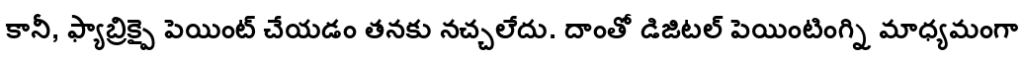
కానీ, ఫ్యాబ్రిక్పై పెయింట్ చేయడం తనకు నచ్చలేదు. దాంతో డిజిటల్ పెయింటింగ్ని మాధ్యమంగా